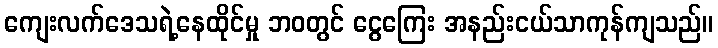
ကျေးလက်ဒေသရဲ့နေထိုင်မှု ဘဝတွင် ငွေကြေး အနည်းငယ်သာကုန်ကျသည်။